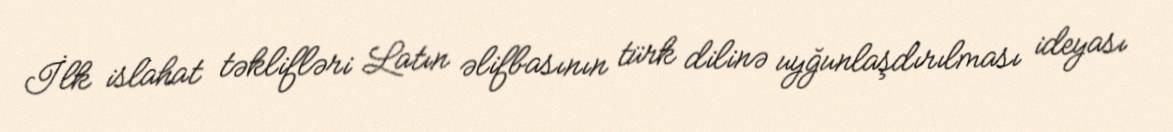
İlk islahat təklifləri Latın əlifbasının türk dilinə uyğunlaşdırılması ideyası